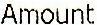
AMOUNT